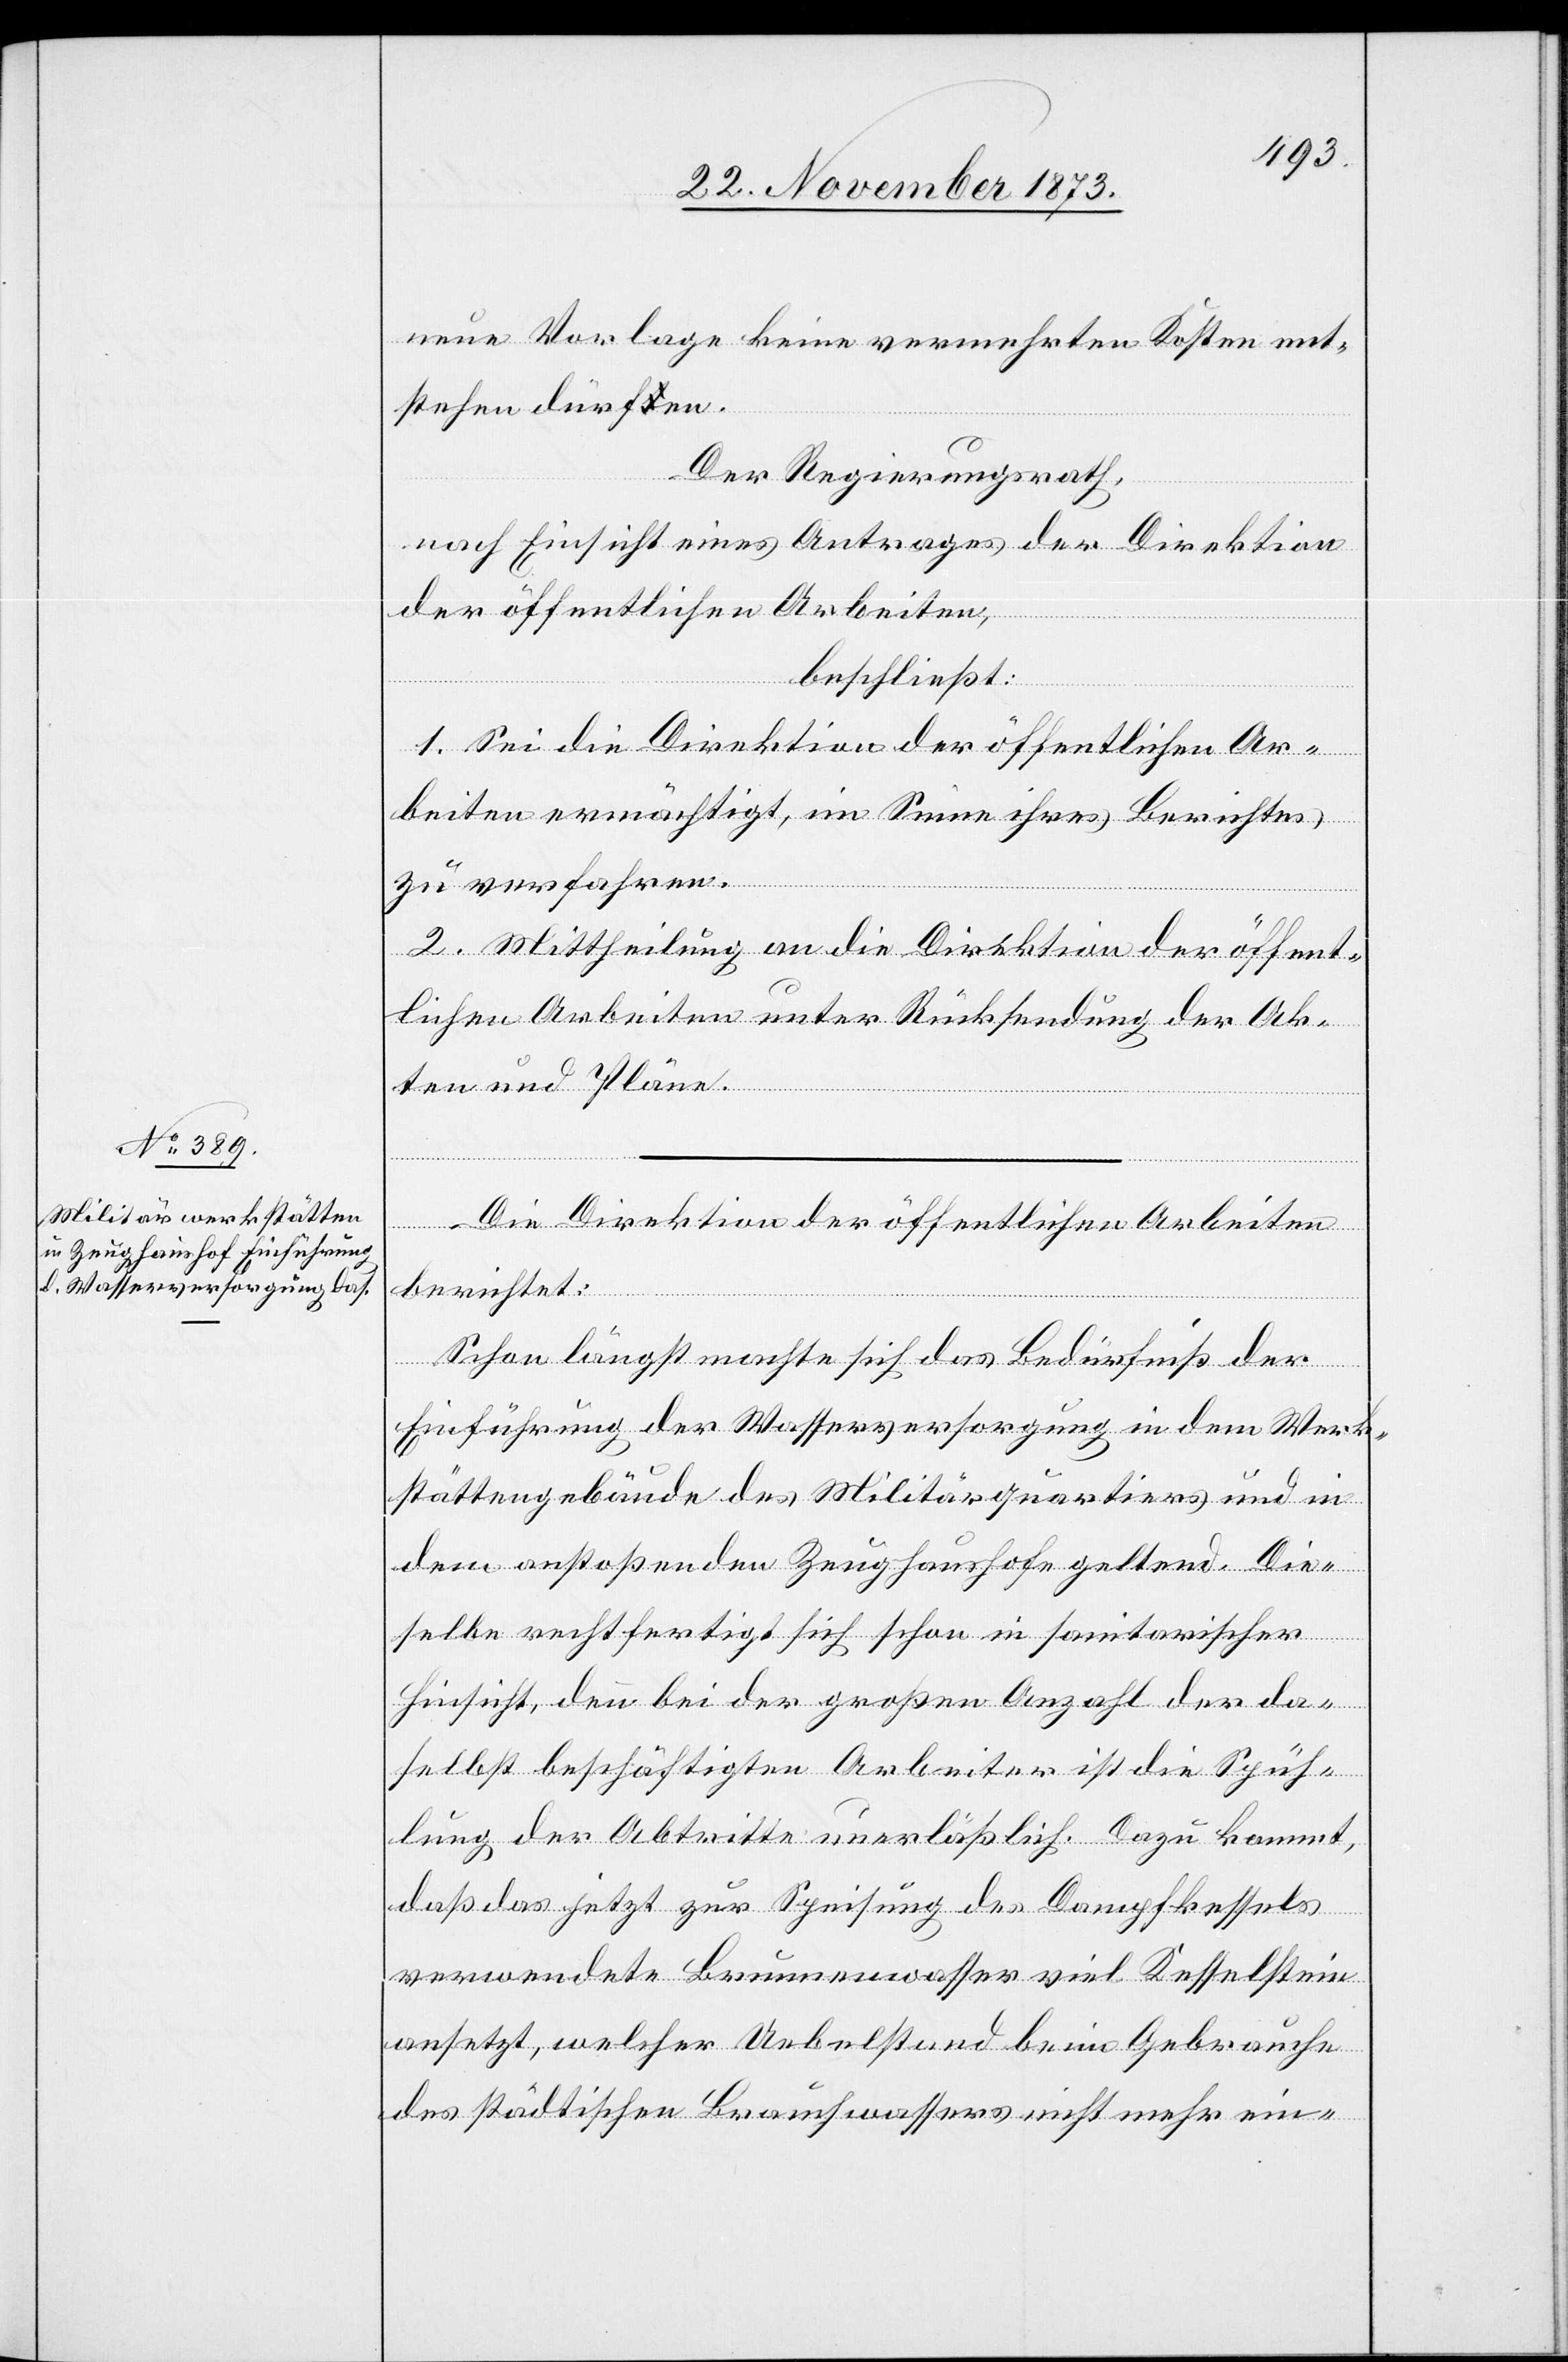
neue Vorlage keine vermehrten Kosten ent¬
stehen dürfen.
Der Regierungsrath,
nach Einsicht eines Antrages der Direktion
der öffentlichen Arbeiten,
beschließt:
1. Sei die Direktion der öffentlichen Ar¬
beiten ermächtigt, im Sinne ihres Berichtes
zu verfahren.
2. Mittheilung an die Direktion der öffent¬
lichen Arbeiten unter Rücksendung der Ak¬
ten und Pläne.
Die Direktion der öffentlichen Arbeiten
berichtet:
Schon längst machte sich das Bedürfniß der
Einführung der Wasserversorgung in dem Werk¬
stättengebäude des Militärquartiers und in
dem anstoßenden Zeughaushofe geltend. Die¬
selbe rechtfertigt sich schon in sanitarischer
Hinsicht, denn bei der großen Anzahl der da¬
selbst beschäftigten Arbeiter ist die Spüh¬
lung der Abtritte unerläßlich. Dazu kommt,
daß das jetzt zur Speisung des Dampfkessels
verwendete Brunnenwasser viel Kesselstein
ansetzt, welcher Uebelstand beim Gebrauche
des städtischen Brauchwassers nicht mehr ein-